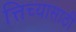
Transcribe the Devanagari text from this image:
त्तिच्यासाठी